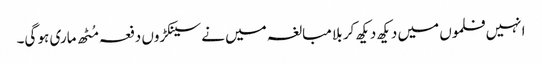
انہیں فلموں میں دیکھ دیکھ کر بلا مبالغہ میں نے سینکڑوں دفعہ مُٹھ ماری ہو گی۔